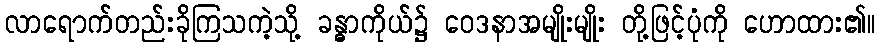
လာရောက်တည်းခိုကြသကဲ့သို့ ခန္ဓာကိုယ်၌ ဝေဒနာအမျိုးမျိုး တို့ဖြင့်ပုံကို ဟောထား၏။